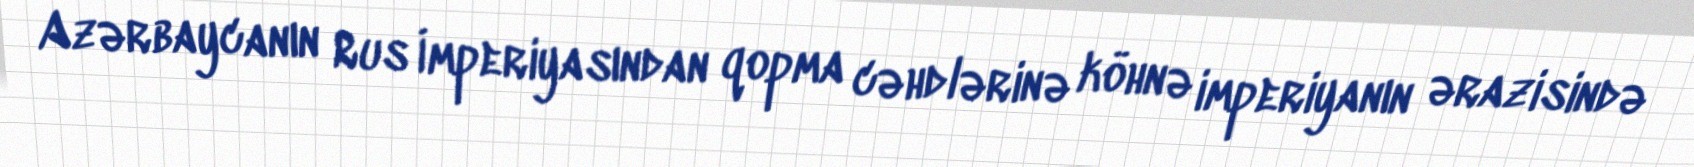
Azərbaycanın Rus İmperiyasından qopma cəhdlərinə köhnə imperiyanın ərazisində